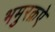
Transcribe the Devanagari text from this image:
भमुरक़ऐ